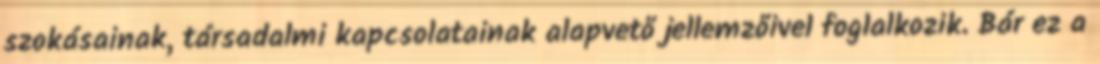
szokásainak, társadalmi kapcsolatainak alapvető jellemzőivel foglalkozik. Bár ez a